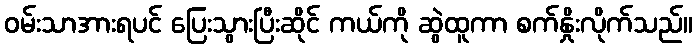
ဝမ်းသာအားရပင် ပြေးသွားပြီးဆိုင် ကယ်ကို ဆွဲထူကာ စက်နှိုးလိုက်သည်။